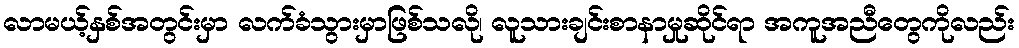
လာမယ့်နှစ်အတွင်းမှာ လက်ခံသွားမှာဖြစ်သလို၊ လူသားချင်းစာနာမှုဆိုင်ရာ အကူအညီတွေကိုလည်း